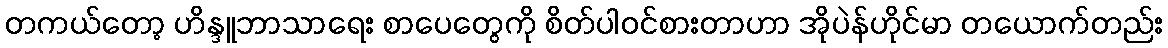
တကယ်တော့ ဟိန္ဒူဘာသာရေး စာပေတွေကို စိတ်ပါဝင်စားတာဟာ အိုပဲန်ဟိုင်မာ တယောက်တည်း